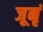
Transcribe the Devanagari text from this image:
जूनृं